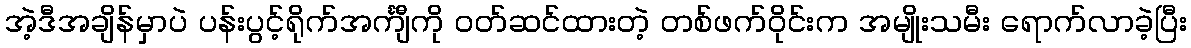
အဲ့ဒီအချိန်မှာပဲ ပန်းပွင့်ရိုက်အင်္ကျီကို ဝတ်ဆင်ထားတဲ့ တစ်ဖက်ဝိုင်းက အမျိုးသမီး ရောက်လာခဲ့ပြီး